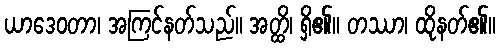
ယာဒေဝတာ၊ အကြင်နတ်သည်။ အတ္ထိ၊ ရှိ၏။ တဿာ၊ ထိုနတ်၏။